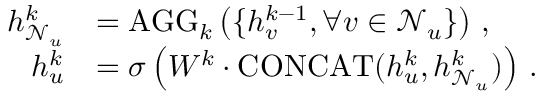
\begin{array} { r l } { h _ { \mathcal { N } _ { u } } ^ { k } } & { = \mathrm { A G G } _ { k } \left( \{ h _ { v } ^ { k - 1 } , \forall v \in \mathcal { N } _ { u } \} \right) \, , } \\ { h _ { u } ^ { k } } & { = \sigma \left( W ^ { k } \cdot \mathrm { C O N C A T } ( h _ { u } ^ { k } , h _ { \mathcal { N } _ { u } } ^ { k } ) \right) \, . } \end{array}